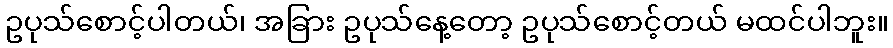
ဥပုသ်စောင့်ပါတယ်၊ အခြား ဥပုသ်နေ့တော့ ဥပုသ်စောင့်တယ် မထင်ပါဘူး။